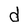
Character: d